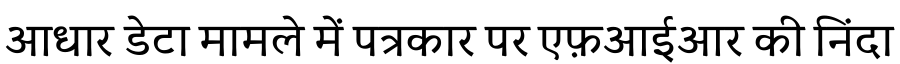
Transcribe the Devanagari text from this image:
आधार डेटा मामले में पत्रकार पर एफ़आईआर की निंदा